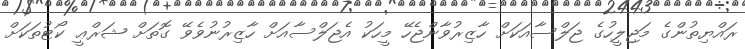
ރައްޔިތުންގެ މަޖިލީހުގެ ޖަލްސާއަކަށް ހާޒިރުވާންޖެހޭ މީހަކު އެޖަލްސާއަށް ހާޒިރުނުވެވޭ ގޮތަށް ޝަރްޢީ ކޯޓުތަކަށް